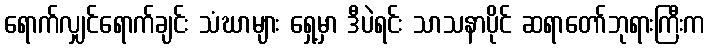
ရောက်လျှင်ရောက်ချင်း သံဃာများ ရှေ့မှာ ဒီပဲရင်း သာသနာပိုင် ဆရာတော်ဘုရားကြီးက